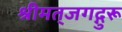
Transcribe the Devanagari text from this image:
श्रीमत्‌जगद्गुरू